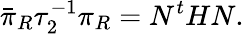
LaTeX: \bar{\pi}_{R}\tau_{2}^{-1}\pi_{R}=N^{t}HN.